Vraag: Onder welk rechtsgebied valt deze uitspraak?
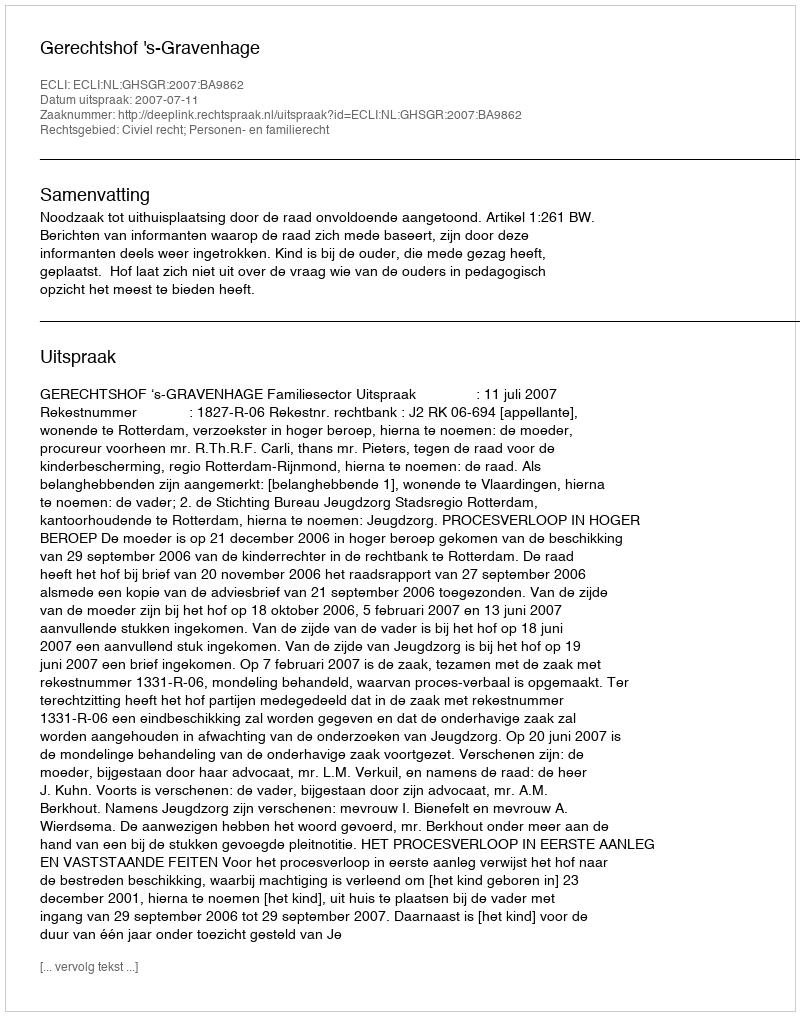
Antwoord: Civiel recht; Personen- en familierecht